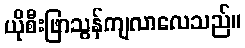
ယိုစီးဖြာသွန်ကျလာလေသည်။